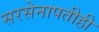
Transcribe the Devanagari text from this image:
सरसेनापतीही